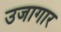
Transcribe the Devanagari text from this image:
उजागार